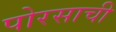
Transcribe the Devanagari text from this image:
पोरसाची